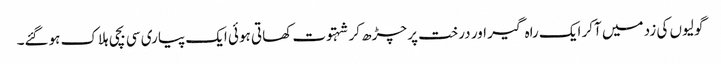
گولیوں کی زد میں آکر ایک راہ گیر اور درخت پر چڑھ کر شہتوت کھاتی ہوئی ایک پیاری سی بچی ہلاک ہوگئے۔